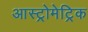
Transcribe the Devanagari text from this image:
आस्ट्रोमेट्रिक